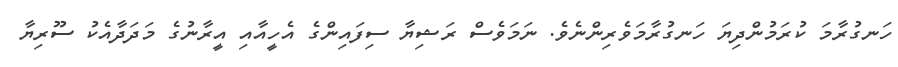
ހަނގުރާމަ ކުރަމުންދިޔަ ހަނގުރާމަވެރިންނެވެ. ނަމަވެސް ރަޝިޔާ ސިފައިންގެ އެހީއާއި އީރާނުގެ މަދަދާއެކު ސޫރިޔާ